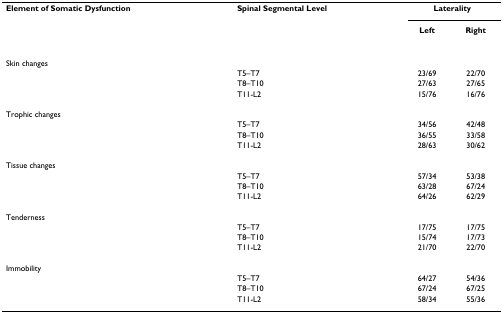
| Element of Somatic Dysfunction | Spinal Segmental Level | <COLSPAN=2> Laterality |
 |  |  | Left | Right |
 | --- | --- | --- | --- |
 | Skin changes |  |  |  |
 |  | T5–T7 | 23/69 | 22/70 |
 |  | T8–T10 | 27/63 | 27/65 |
 |  | T11-L2 | 15/76 | 16/76 |
 | Trophic changes |  |  |  |
 |  | T5–T7 | 34/56 | 42/48 |
 |  | T8–T10 | 36/55 | 33/58 |
 |  | T11-L2 | 28/63 | 30/62 |
 | Tissue changes |  |  |  |
 |  | T5–T7 | 57/34 | 53/38 |
 |  | T8–T10 | 63/28 | 67/24 |
 |  | T11-L2 | 64/26 | 62/29 |
 | Tenderness |  |  |  |
 |  | T5–T7 | 17/75 | 17/75 |
 |  | T8–T10 | 15/74 | 17/73 |
 |  | T11-L2 | 21/70 | 22/70 |
 | Immobility |  |  |  |
 |  | T5–T7 | 64/27 | 54/36 |
 |  | T8–T10 | 67/24 | 67/25 |
 |  | T11-L2 | 58/34 | 55/36 |